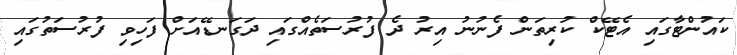
ކައުންޓާގައި އެޓޭކް ކުރިތަން ފެނުނު އިރު ދެ ފުރުސަތެއްގައި ދަގަނޑޭއަށް ފަހިވި ފުރުސަތުގައި